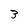
Character: 3